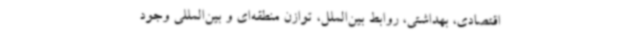
اقتصادی، بهداشتی، روابط بین‌الملل، توازن منطقه‌ای و بین‌المللی وجود